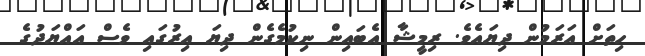
ހިތަށް އަރަމުން ދިޔައެވެ. ރިމީޝާ އެބައިން ނިކުމެގެން ދިޔަ އިރުގައި ވެސް އައްޔަދުގެ